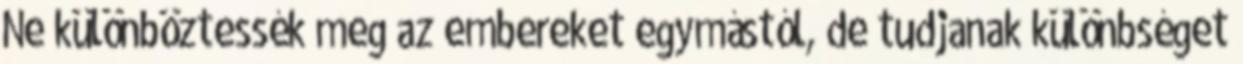
Ne különböztessék meg az embereket egymástól, de tudjanak különbséget